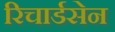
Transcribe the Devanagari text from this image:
रिचार्डसेन